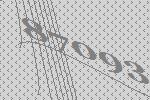
87093